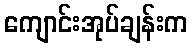
ကျောင်းအုပ်ချန်းက